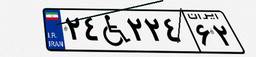
۲۴W۲۲۴۶۲